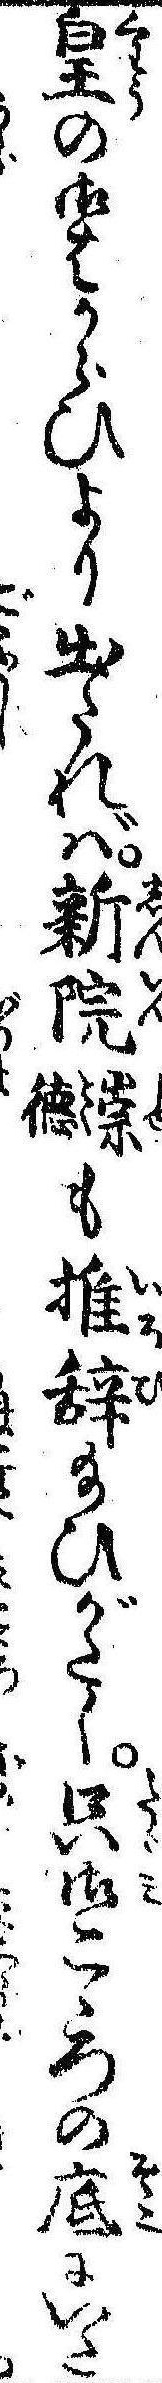
皇の御はからひより出たれば新院崇徳も推辞給ひがたく只御こゝろの底にいた